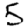
Digit: 5